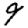
Digit: 9